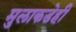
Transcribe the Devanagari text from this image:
मुलाकडेही